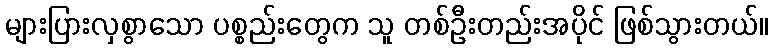
များပြားလှစွာသော ပစ္စည်းတွေက သူ တစ်ဦးတည်းအပိုင် ဖြစ်သွားတယ်။